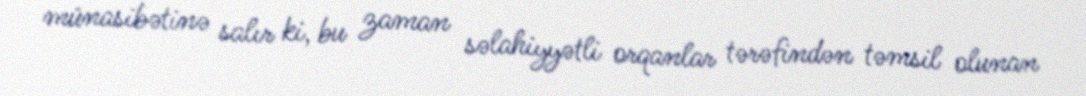
münasibətinə salır ki, bu zaman səlahiyyətli orqanlar tərəfindən təmsil olunan